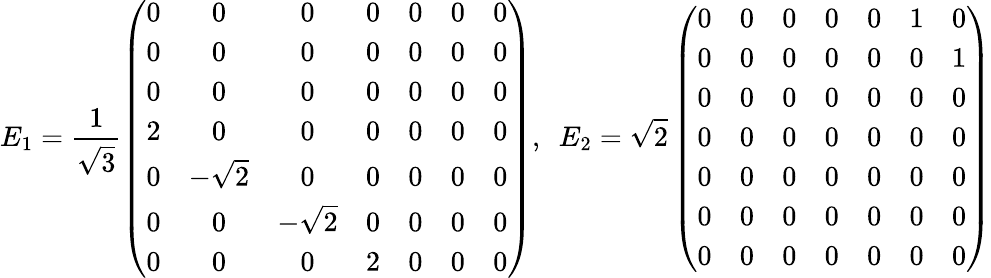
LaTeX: E_{1}=\frac{1}{\sqrt{3}}\left(\begin{array}{ccccccc}{0}&{0}&{0}&{0}&{0}&{0}&{0}\\ {0}&{0}&{0}&{0}&{0}&{0}&{0}\\ {0}&{0}&{0}&{0}&{0}&{0}&{0}\\ {2}&{0}&{0}&{0}&{0}&{0}&{0}\\ {0}&{-\sqrt{2}}&{0}&{0}&{0}&{0}&{0}\\ {0}&{0}&{-\sqrt{2}}&{0}&{0}&{0}&{0}\\ {0}&{0}&{0}&{2}&{0}&{0}&{0}\end{array}\right),~~E_{2}=\sqrt{2}\left(\begin{array}{ccccccc}{0}&{0}&{0}&{0}&{0}&{1}&{0}\\ {0}&{0}&{0}&{0}&{0}&{0}&{1}\\ {0}&{0}&{0}&{0}&{0}&{0}&{0}\\ {0}&{0}&{0}&{0}&{0}&{0}&{0}\\ {0}&{0}&{0}&{0}&{0}&{0}&{0}\\ {0}&{0}&{0}&{0}&{0}&{0}&{0}\\ {0}&{0}&{0}&{0}&{0}&{0}&{0}\end{array}\right)